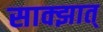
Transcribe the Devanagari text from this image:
साक्झात्